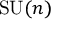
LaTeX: { \mathrm { S U } } ( n )